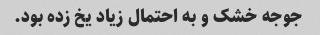
جوجه خشک و به احتمال زیاد یخ زده بود.